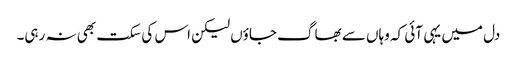
دل میں یہی آئی کہ وہاں سے بھاگ جاؤں لیکن اس کی سکت بھی نہ رہی۔